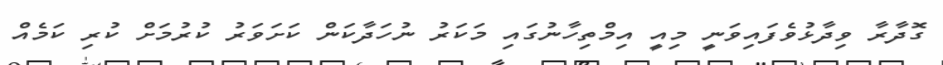
ގޮދާރާ ވިދާޅުވެފައިވަނީ މިއީ އިމްތިހާނުގައި މަކަރު ނުހަދާކަން ކަށަވަރު ކުރުމަށް ކުރި ކަމެއް